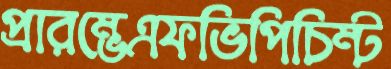
প্রারম্ভেএফভিপিচিম্‌ট